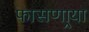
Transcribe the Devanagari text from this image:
फासणार्‍या